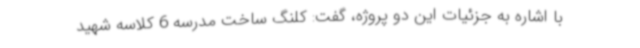
با اشاره به جزئیات این دو پروژه، گفت: کلنگ ساخت مدرسه 6 کلاسه شهید